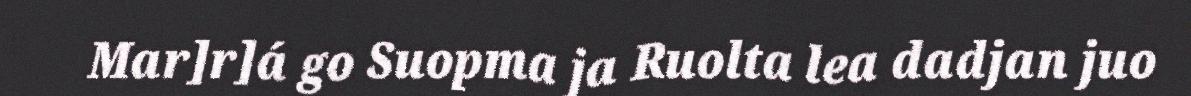
Mar]r]á go Suopma ja Ruolta lea dadjan juo